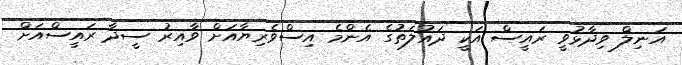
އަނިލް ވިދާޅުވީ ރައީސް އަކީ ދައުލަތުގެ އެންމެ އިސްވެރިޔާއަށް ވާއިރު ސީދާ ރައީސްއަށް